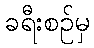
ခရီးစဉ်မှ